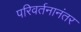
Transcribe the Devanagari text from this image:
परिवर्तनानंतर